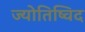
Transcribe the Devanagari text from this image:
ज्योतिष्विद